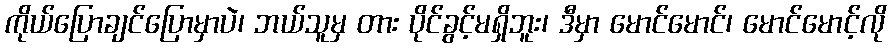
ကိုယ်ပြောချင်ပြောမှာပဲ၊ ဘယ်သူမှ တား ပိုင်ခွင့်မရှိဘူး၊ ဒီမှာ မောင်မောင်၊ မောင်မောင့်လို